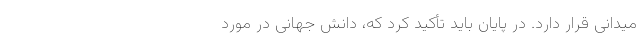
میدانی قرار دارد. در پایان باید تأکید کرد که، دانش جهانی در مورد